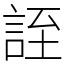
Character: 誈